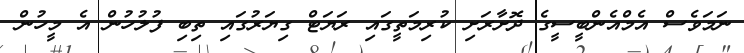
ނަމަވެސް އެމްއެންބީސީގެ ދޮށާރަށި ކުރިމަތީގައި ރަޔަޓް ގިޔަރުގައި ތިބި ފުލުހުން އެ މީހުން